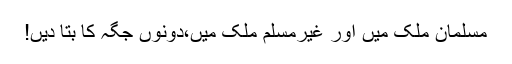
مسلمان ملک میں اور غیرمسلم ملک میں،دونوں جگہ کا بتا دیں!